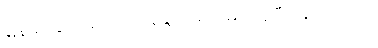
မြန်မာ နိုင်ငံများမှာ ပြန့်နှံ့ အောင်မြင်နေပြီး ဖြစ်ပါတယ်။